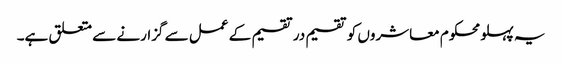
یہ پہلو محکوم معاشروں کو تقسیم در تقسیم کے عمل سے گزارنے سے متعلق ہے۔